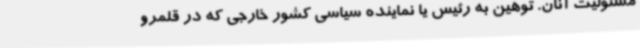
مسئولیت آنان. توهین به رئیس یا نماینده سیاسی کشور خارجی که در قلمرو